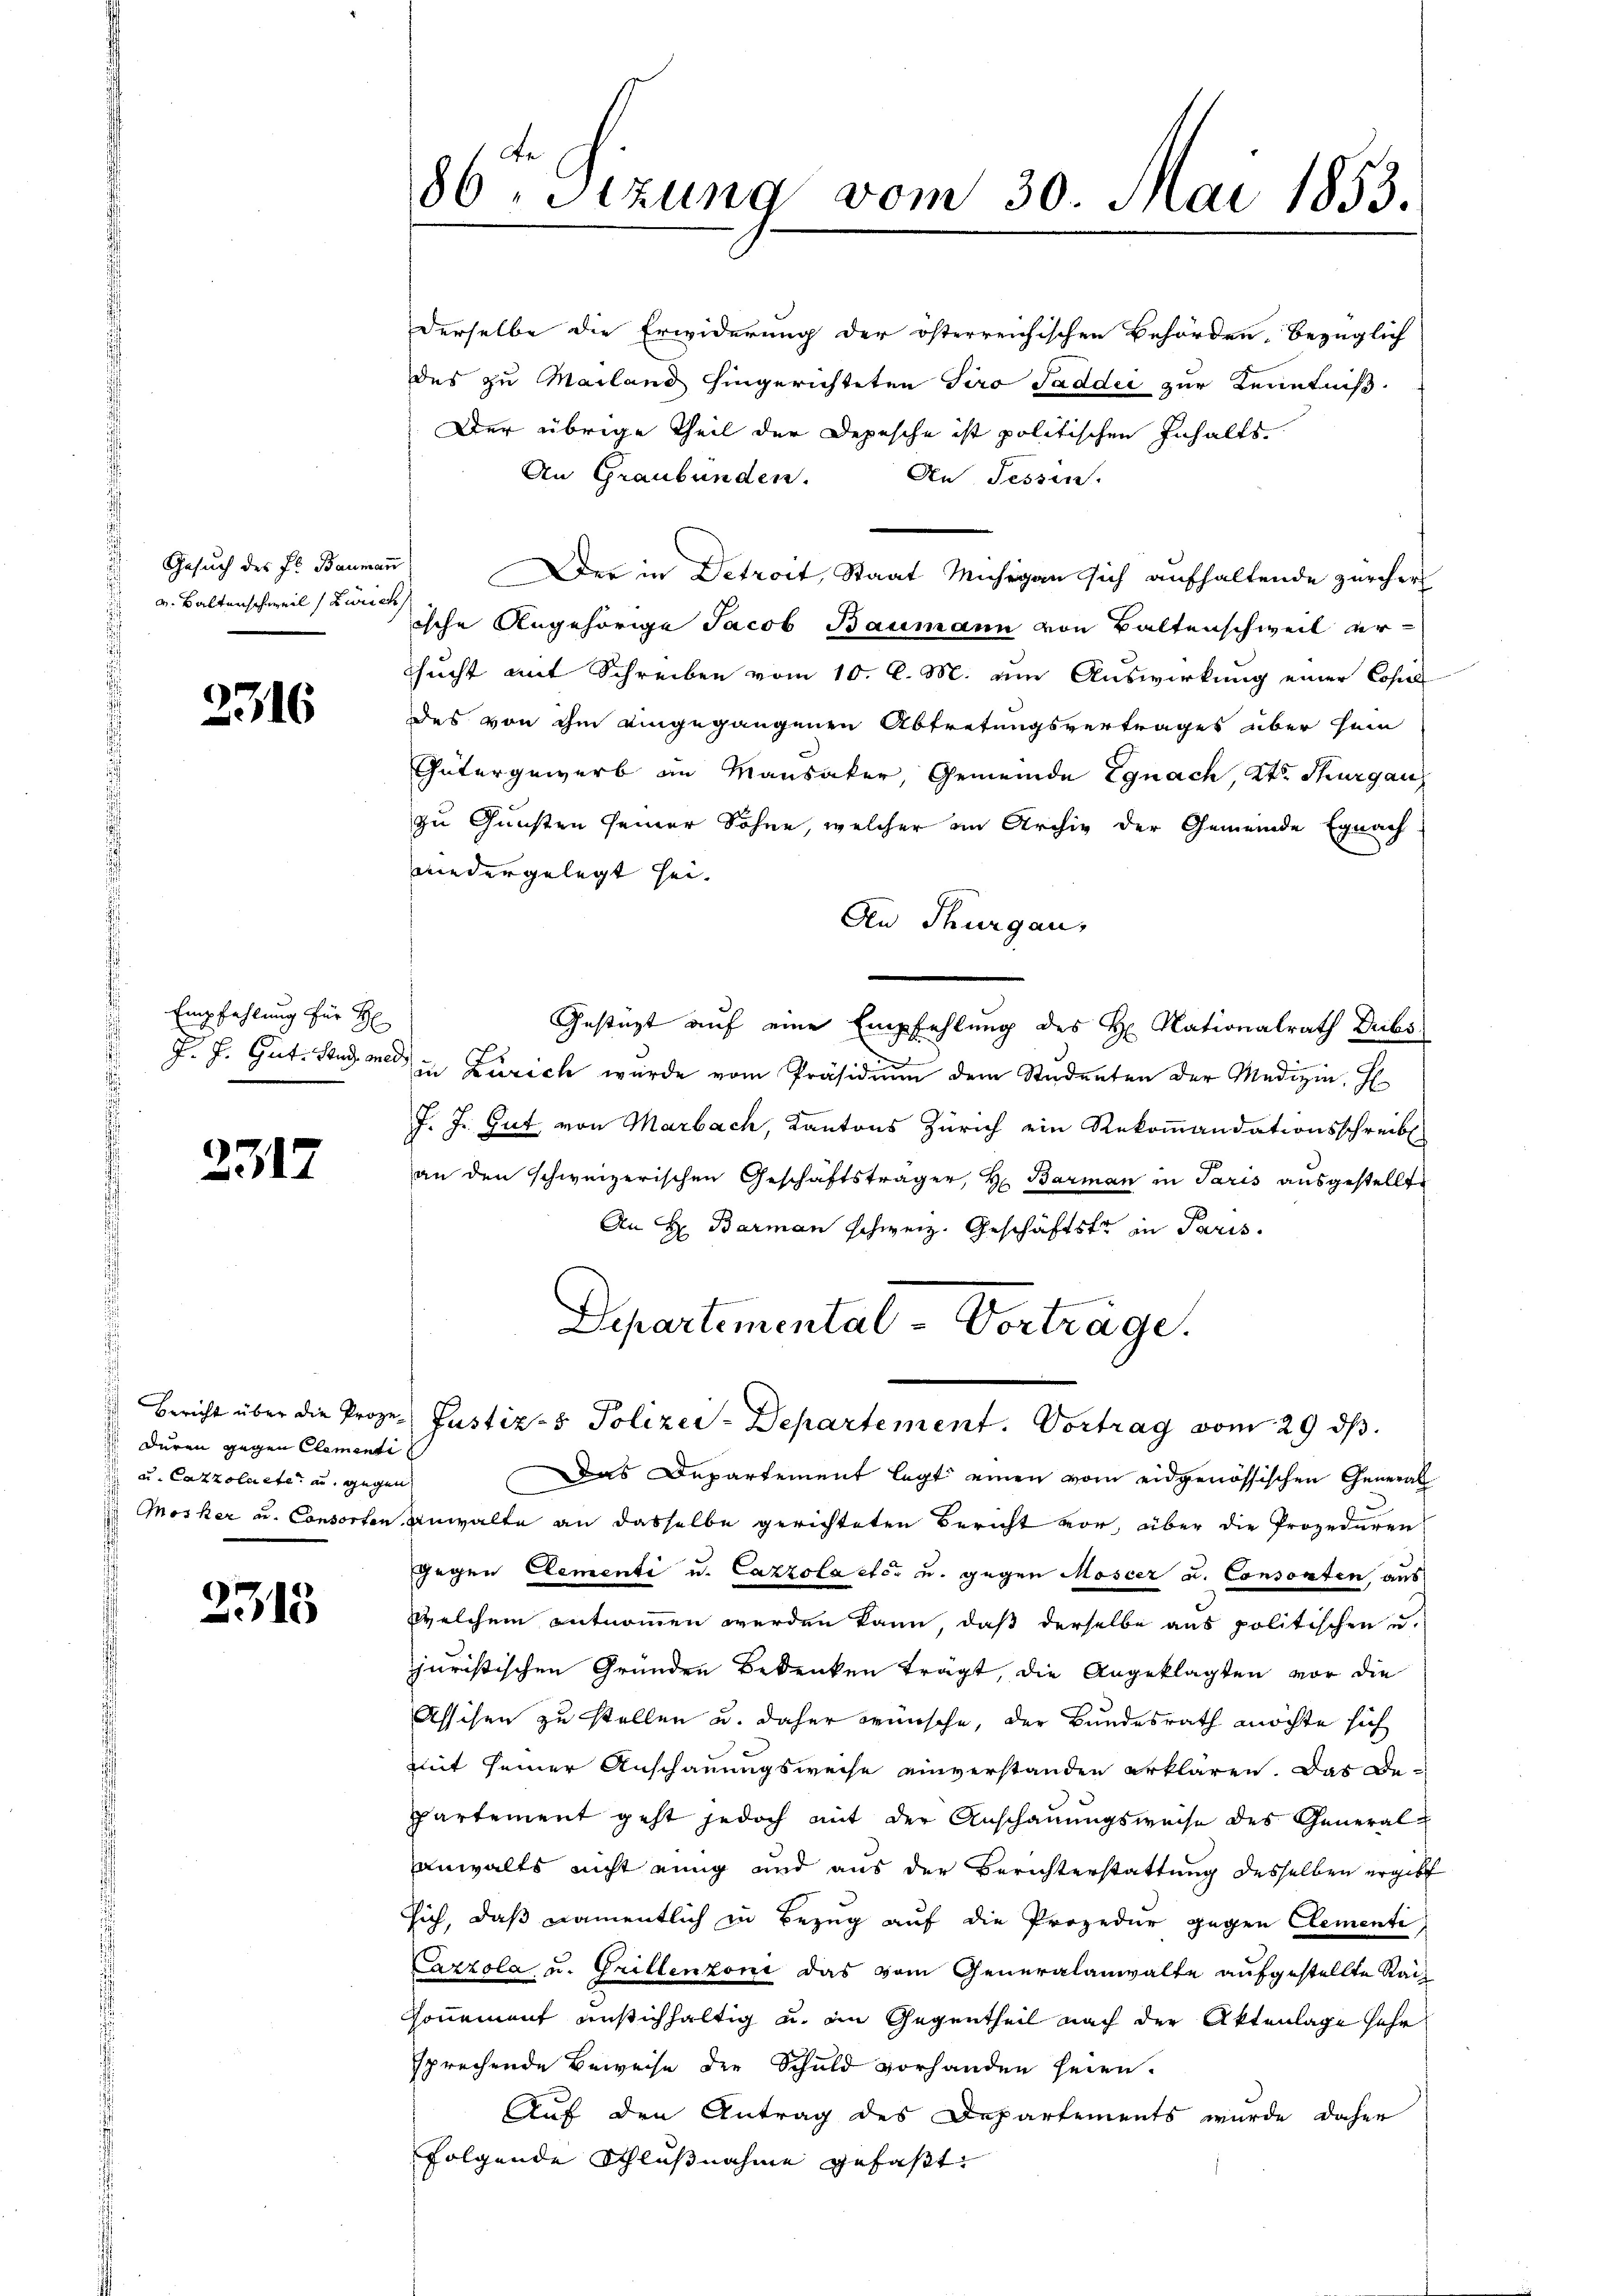
v. Balterschweil (Zürich

2316

Empfehlung für H
J. J. Gut. Stud. one

2317

duren gegen Clementi
u. Cazzolnete an gegen

2315

86ten Sizung vom 30. Mai 1853.

derselbe die Erwiderung der österreichischen Behörden, bezüglich
des zu Mailand hingerichteten Siro Taddii zur Kenntniß
Der übrige Theil der Depesche ist politischen Inhalts
An Graubünden.
An Sessen.
Gesuch des Fr. Baumann der in Detroit, Staat Muhrgan sich aufhaltende Zürcher
ische Angehörige Jacob Baumann von Baltenschweil ersucht mit Schreiben vom 10. d. M. um Auswirkung einer Lohns
des von ihm eingegangenen Abtretungsvertrages über sein
Gütergewerb an Mansaker, Gemeinde Egnach, Kt. Thurgau
zu Gunsten seiner Söhne, welcher im Archiv der Gemeinde Egnach
wiedergelegt sei.
An Thurgau,
Gestüzt auf eine Empfehlung des H. Nationalrath Dubs
a
in Zürich wurde vom Präsidium dem Studenten der Medizin. E
J. J. Gut von Marbach, Kantons Zürich ein Rekommandationsschreibt
an den schweizerischen Geschäftsträger, H. Barman in Paris ausgestellte
An H: Barman schweiz. Geschäftstr in Paris.
Departemental-Vorträge.

Bericht über die Proze-Justiz- & Polizer-Departement. Vortrag vom 29. ds.

Das Departement legt einen vom eidgenössischen General
Mosker u. Consorten Anwalte an dasselbe gerichteten Bericht vor, über die Prozeduren
gegen Elementi u. Cazzolaeter u. gegen Moseer u. Consenten aus
welchem entnommen werden kann, daß derselbe aus politischen u.
juristischen Gründen Bedenken trägt, die Angeklagten vor die
Assisen zu stellen u. daher wünsche, der Bundesrath möchte sich
mit seiner Anschauungsweise einverstanden erklären. Das Departement geht jedoch mit der Anschauungsweise des Generalanwalts nicht einig und aus der Berichterstattung desselben ergibt
sich, daß namentlich in Bezug auf die Prozedur gegen Clementi
Cazzola u. Grillenzoni das vom Generalanwalte aufgestellte Rai¬
Sonnement anstichhaltig u. in Gegentheil nach der Aktenlage sehr
sprechende Beweise der Schuld vorhanden seien.
Auf den Antrag des Departements wurde daher
folgende Schlußnahme gefaßt